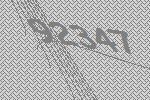
92347